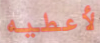
لأعطيه